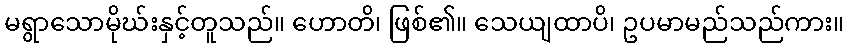
မရွာသောမိုဃ်းနှင့်တူသည်။ ဟောတိ၊ ဖြစ်၏။ သေယျထာပိ၊ ဥပမာမည်သည်ကား။